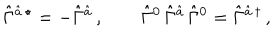
\hat { \Gamma } { } ^ { \hat { a } \, \star } = - \hat { \Gamma } { } ^ { \hat { a } } \, , \qquad \hat { \Gamma } { } ^ { 0 } \, \hat { \Gamma } { } ^ { \hat { a } } \, \hat { \Gamma } { } ^ { 0 } = \hat { \Gamma } { } ^ { \hat { a } \, \dagger } \, ,